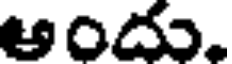
అందు.